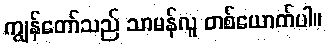
ကျွန်တော်သည် သာမန်လူ တစ်ယောက်ပါ။